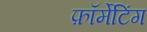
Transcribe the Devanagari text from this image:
फ़ॉर्मेटिंग